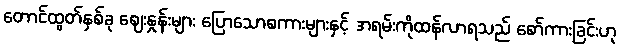
တောင်ထွတ်နှစ်ခု ဈေးနှုန်းများ ပြောသောစကားများနှင့် အရမ်းကိုထန်လာရသည် စော်ကားခြင်းဟု